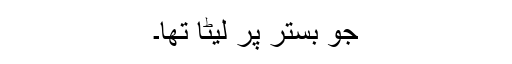
جو بستر پر لیٹا تھا۔